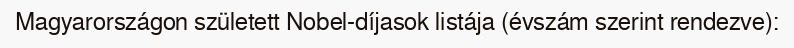
Magyarországon született Nobel-díjasok listája (évszám szerint rendezve):